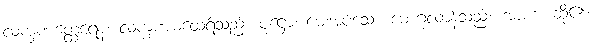
လက္ခဏတ္ထေရေန၊ လက္ခဏမထေရ်သည်။ ပုဋ္ဌော၊ မေးအပ်သော မောဂ္ဂလာန်သည်။ အာဟ၊ ဆို၏။